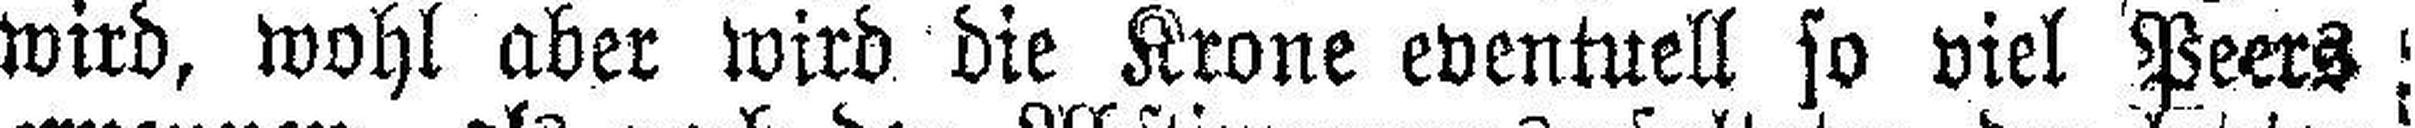
wird, wohl aber wird die Krone eventuell so viel Peers